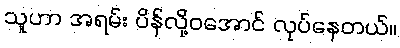
သူဟာ အရမ်း ပိန်လို့ဝအောင် လုပ်နေတယ်။